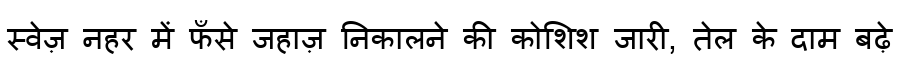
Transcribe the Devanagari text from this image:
स्वेज़ नहर में फँसे जहाज़ निकालने की कोशिश जारी, तेल के दाम बढ़े